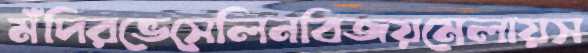
মঁদিরভেসেলিনবিজয়মেলায়স